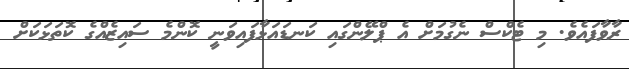
ރާވާފައެވެ. މި ޓެކްސް ނެގުމަށް އެ ޕްލޭންގައި ކަނޑައަޅާފައިވަނީ ކޮންމެ ސައިޒެއްގެ ކޮތަޅަކަށް